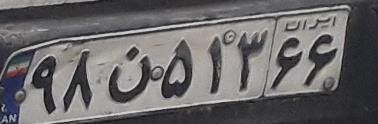
۹۸ن۵۱۳۶۶